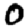
Digit: 0